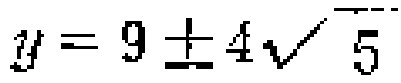
$y = 9\pm4\sqrt{5}$